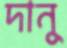
দানু